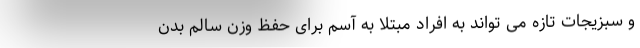
و سبزیجات تازه می تواند به افراد مبتلا به آسم برای حفظ وزن سالم بدن